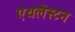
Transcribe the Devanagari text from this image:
एथलेस्टन